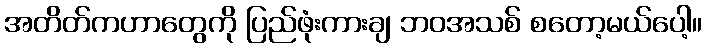
အတိတ်ကဟာတွေကို ပြည်ဖုံးကားချ ဘဝအသစ် စတော့မယ်ပေါ့။